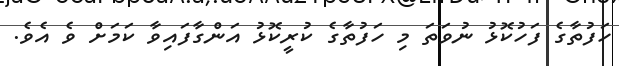
ހަފުތާގެ ފަހުކޮޅު ނުވަތަ މި ހަފުތާގެ ކުރީކޮޅު އަންގާފައިވާ ކަމަށް ވެ އެވެ.